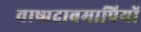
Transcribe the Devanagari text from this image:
वाष्पदाबमापियों